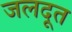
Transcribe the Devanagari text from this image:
जलदूत